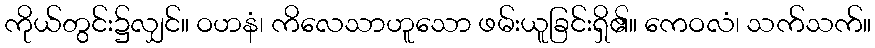
ကိုယ်တွင်း၌လျှင်။ ဝဟနံ၊ ကိလေသာဟူသော ဖမ်းယူခြင်းရှိ၏။ ကေဝလံ၊ သက်သက်။